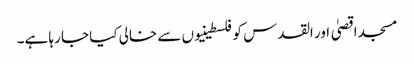
مسجد اقصیٰ اور القدس کو فلسطینیوں سے خالی کیا جا رہا ہے۔